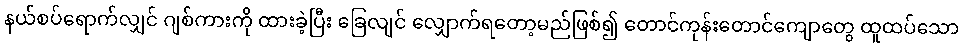
နယ်စပ်ရောက်လျှင် ဂျစ်ကားကို ထားခဲ့ပြီး ခြေလျင် လျှောက်ရတော့မည်ဖြစ်၍ တောင်ကုန်းတောင်ကျောတွေ ထူထပ်သော